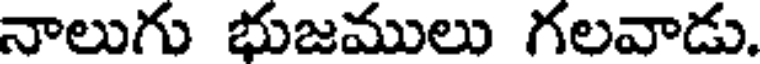
నాలుగు భుజములు గలవాడు.